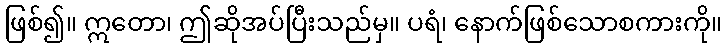
ဖြစ်၍။ ဣတော၊ ဤဆိုအပ်ပြီးသည်မှ။ ပရံ၊ နောက်ဖြစ်သောစကားကို။